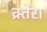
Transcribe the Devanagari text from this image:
क्र्तेरा